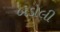
બડોલી